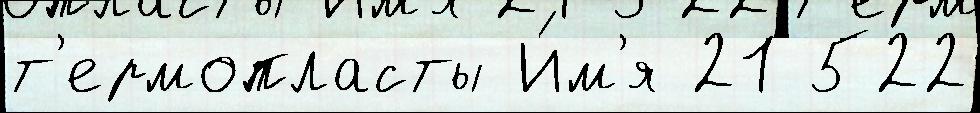
т'ермопласты И́м'я 21 522